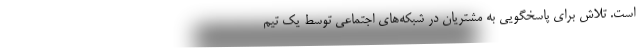
است. تلاش برای پاسخگویی به مشتریان در شبکه‌های اجتماعی توسط یک تیم